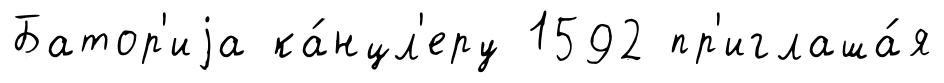
Батор'иjа ка́нцл'еру 1592 пр'иглаша́я